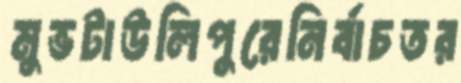
মুভটাউলিপুরেনির্বাচতর